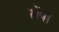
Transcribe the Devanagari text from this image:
सेंपा